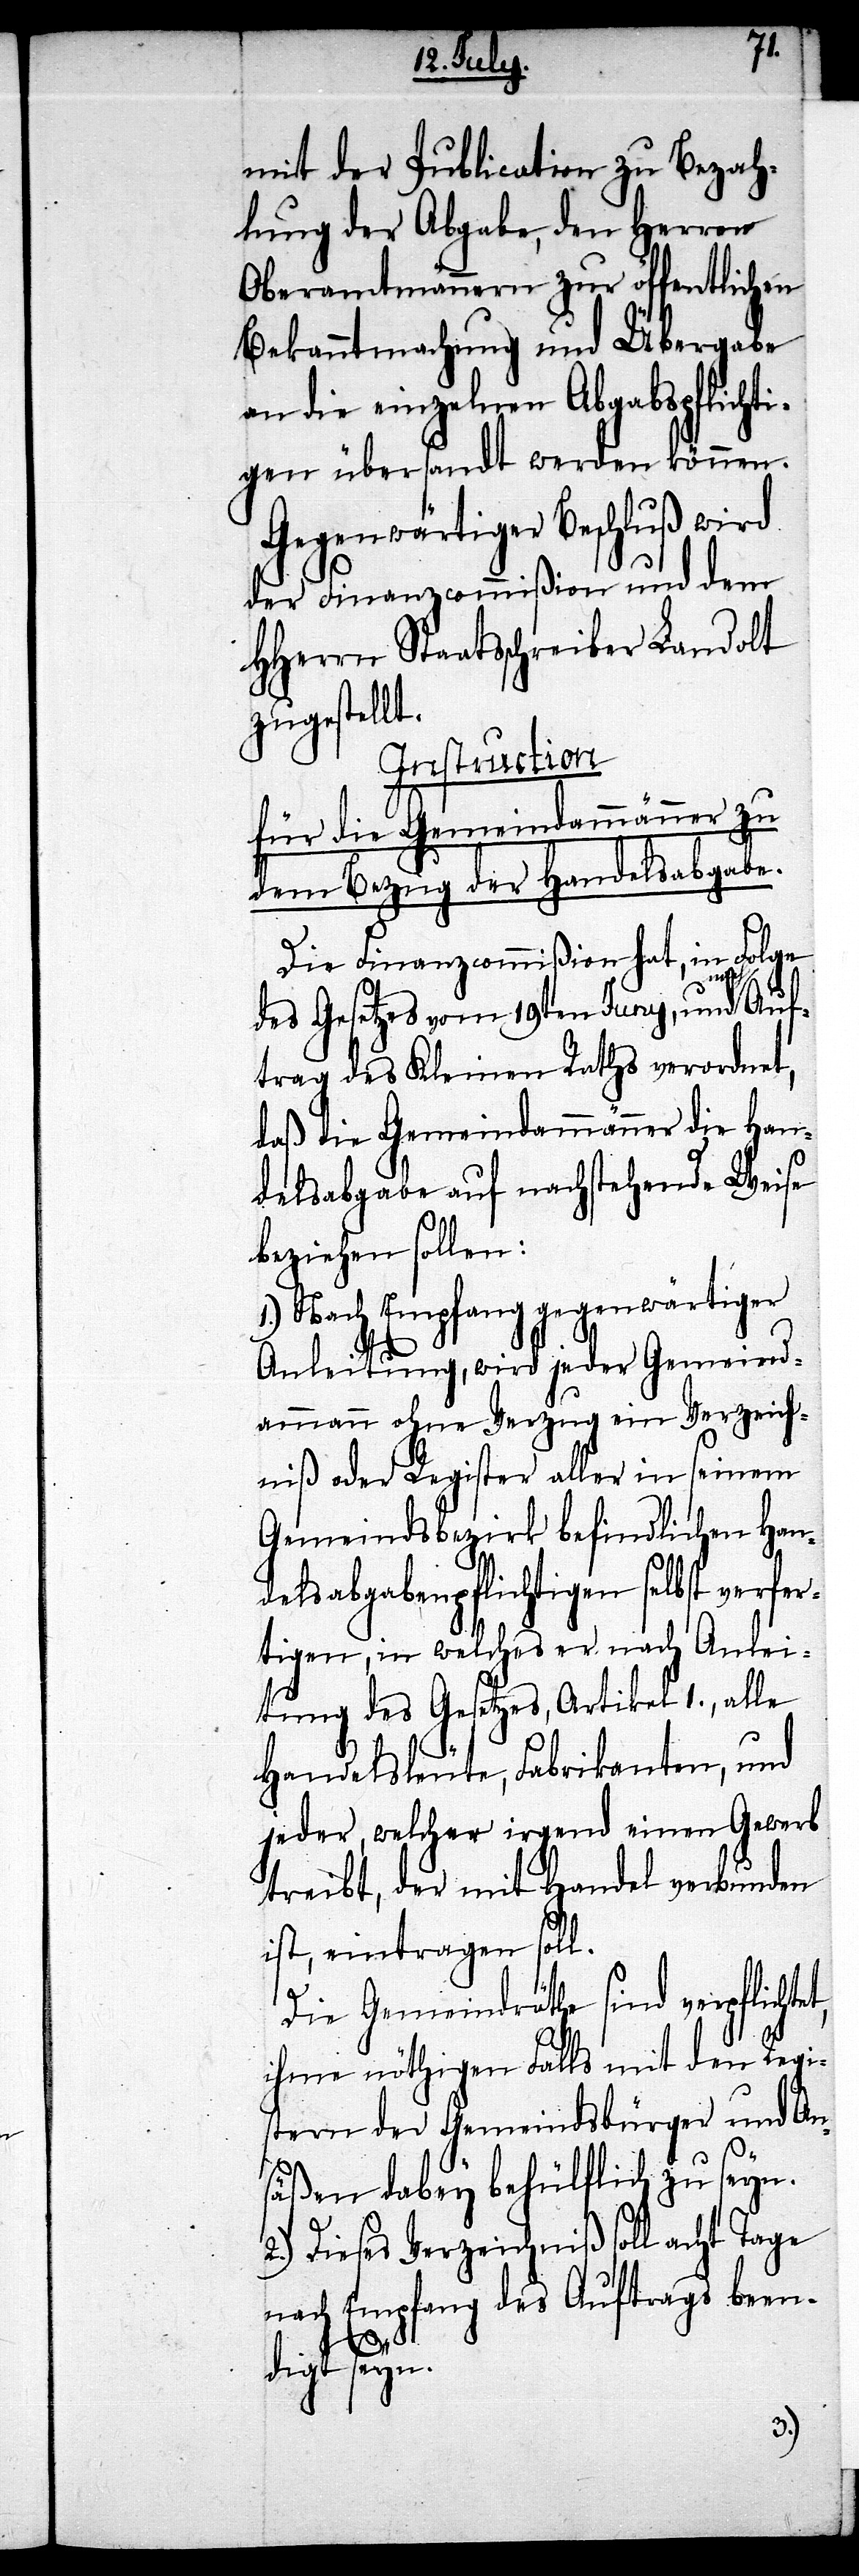
mit der Publication zu Bezah¬
lung der Abgabe, den Herren
Oberamtmännern zur öffentlichen
Bekanntmachung und Übergabe
an die einzelnen Abgabspflichti¬
gen übersandt werden können.
Gegenwärtiger Beschluß wird
der Finanzcommißion und dem
HHerrn Staatsschreiber Landolt
zugestellt.
Instruction
für die Gemeindammänner zu
dem Bezug der Handelsabgabe.
Die Finanzcommißon hat, in Folge
et,
des Gesetzes vom 19ten Juny, und a-na¬
trag des Kleinen Raths verordnet,
daß die Gemeindammänner die Han¬
delsabgabe auf nachstehende Weise
beziehen sollen:
1.) Nach Empfang gegenwärtiger
Anleitung, wird jeder Gemeind¬
ammann ohne Verzug ein Verzeich¬
niß oder Register aller in seinem
Gemeindsbezirk befindlichen Han¬
delsabgabenpflichtigen selbst verfer¬
tigen, in welches er nach Anlei¬
tung des Gesetzes, Artikel 1., alle
Handelsleute, Fabrikanten, und
jeder, welcher irgend einen Gewerb
treibt, der mit Handel verbunden
ist, eintragen soll.
Die Gemeindräthe sind verpflicht¬
ihme nöthigen Falls mit den Regi¬
stern der Gemeindsbürger und An¬
säßen dabey behülflich zu seyn.
2.) Dieses Verzeichniß soll acht Tage
nach Empfang des Auftrags been¬
digt seyn.